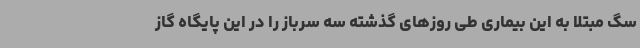
سگ مبتلا به این بیماری طی روزهای گذشته سه سرباز را در این پایگاه گاز